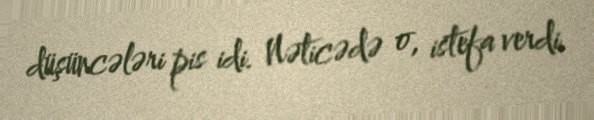
düşüncələri pis idi. Nəticədə o, istefa verdi.